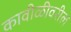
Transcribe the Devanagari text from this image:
कावीळीवरील